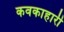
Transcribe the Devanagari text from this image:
कवकाहारी